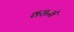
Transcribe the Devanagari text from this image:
वसन्ते